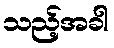
သည့်အခါ